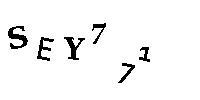
SEY771